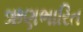
ઋણભારિત